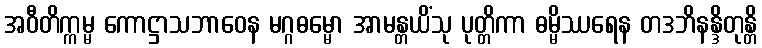
အဝီတိက္ကမ္မ ကောဋ္ဌာသဘာဝေန မဂ္ဂဓမ္မော အာမန္တယိံသု ပုတ္တိကာ ဓမ္မိဿရေန တဒဘိနန္ဒိတုန္တိ